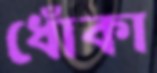
ধোঁকা